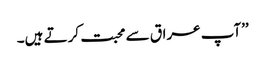
’’آپ عراق سے محبت کرتے ہیں۔